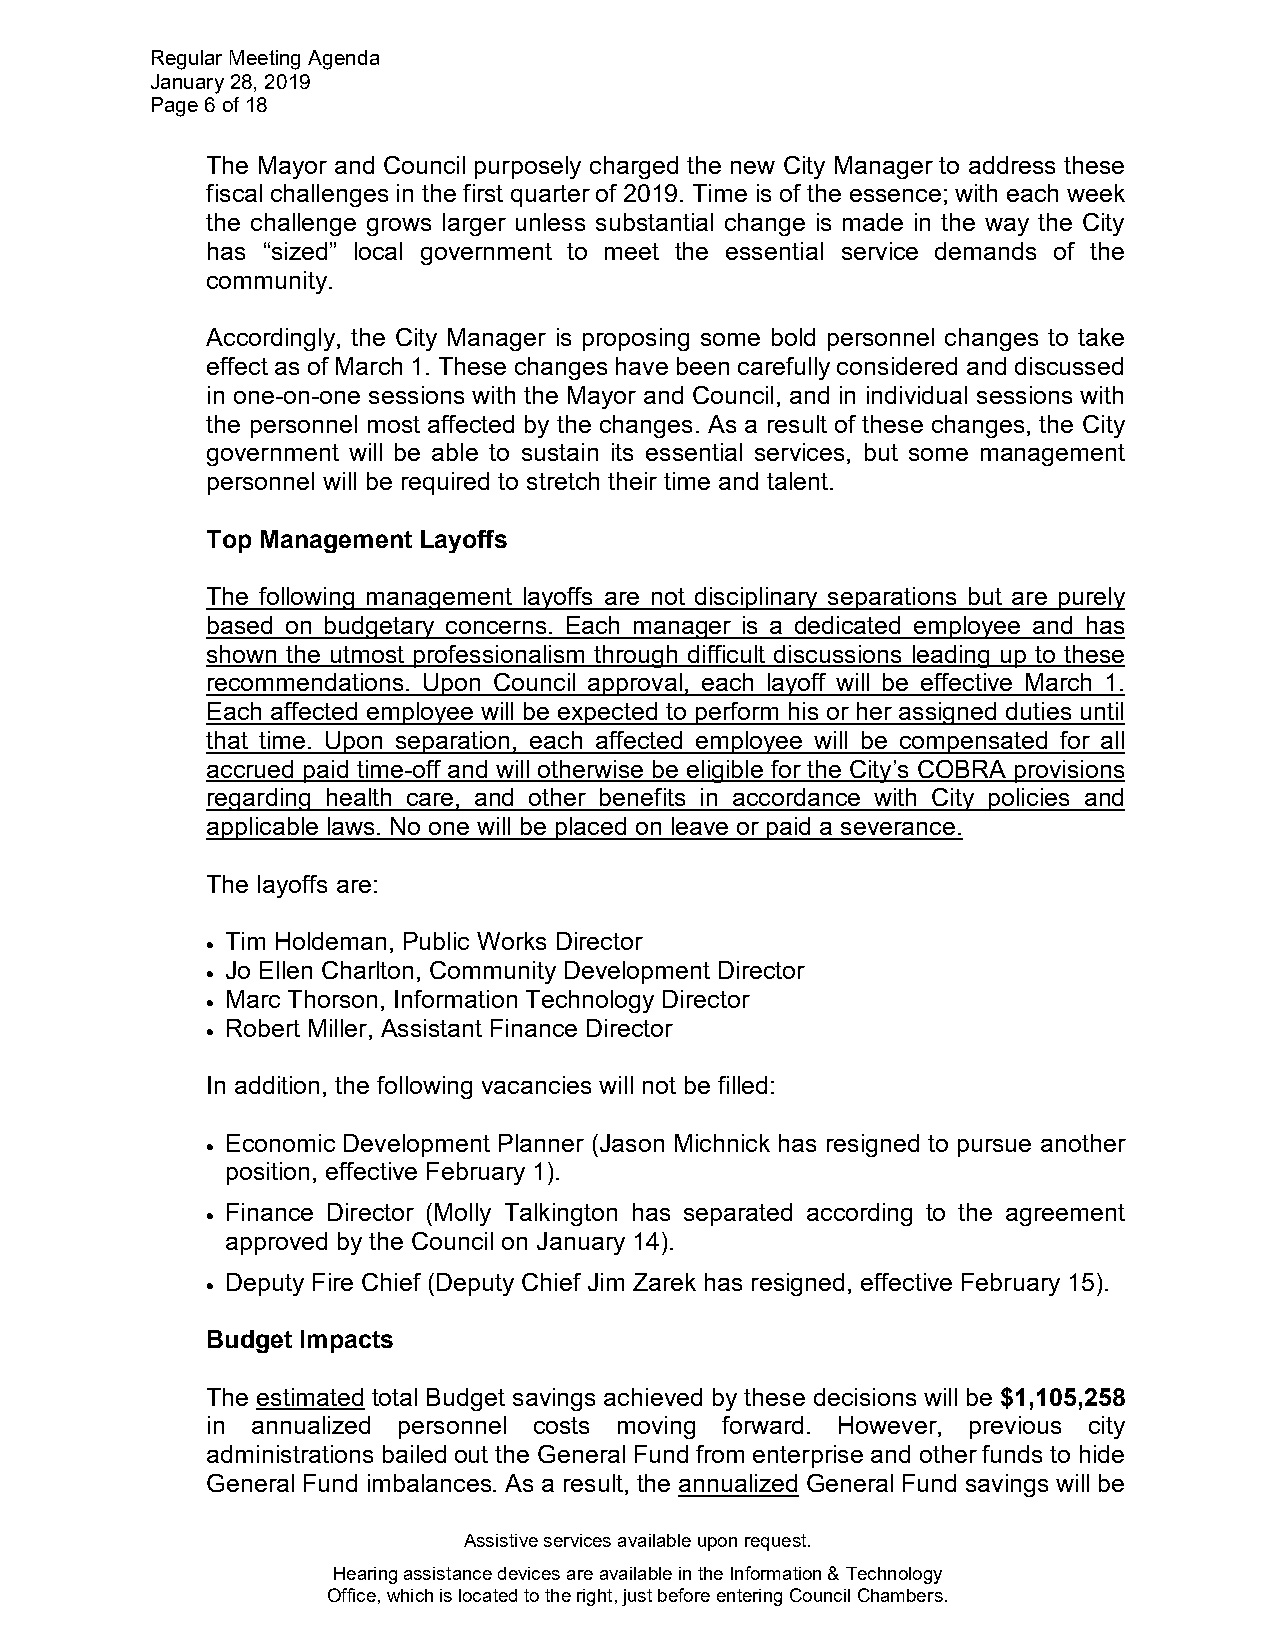
Regular Meeting Agenda
 January 28, 2019
 Page 6 of 18
 The Mayor and Council purposely charged the new City Manager to address these
 fiscal challenges in the first quarter of 2019. Time is of the essence; with each week
 the challenge grows larger unless substantial change is made in the way the City
 has “sized” local government to meet the essential service demands of the
 community.
 Accordingly, the City Manager is proposing some bold personnel changes to take
 effect as of March 1. These changes have been carefully considered and discussed
 in one-on-one sessions with the Mayor and Council, and in individual sessions with
 the personnel most affected by the changes. As a result of these changes, the City
 government will be able to sustain its essential services, but some management
 personnel will be required to stretch their time and talent.
 Top Management Layoffs
 The following management layoffs are not disciplinary separations but are purely
 based on budgetary concerns. Each manager is a dedicated employee and has
 shown the utmost professionalism through difficult discussions leading up to these
 recommendations. Upon Council approval, each layoff will be effective March 1.
 Each affected employee will be expected to perform his or her assigned duties until
 that time. Upon separation, each affected employee will be compensated for all
 accrued paid time-off and will otherwise be eligible for the City’s COBRA provisions
 regarding health care, and other benefits in accordance with City policies and
 applicable laws. No one will be placed on leave or paid a severance.
 The layoffs are:
 • Tim Holdeman, Public Works Director
 • Jo Ellen Charlton, Community Development Director
 • Marc Thorson, Information Technology Director
 • Robert Miller, Assistant Finance Director
 In addition, the following vacancies will not be filled:
 • Economic Development Planner (Jason Michnick has resigned to pursue another
 position, effective February 1).
 • Finance Director (Molly Talkington has separated according to the agreement
 approved by the Council on January 14).
 • Deputy Fire Chief (Deputy Chief Jim Zarek has resigned, effective February 15).
 Budget Impacts
 The estimated total Budget savings achieved by these decisions will be $1,105,258
 in annualized personnel costs moving forward. However, previous city
 administrations bailed out the General Fund from enterprise and other funds to hide
 General Fund imbalances. As a result, the annualized General Fund savings will be
 Assistive services available upon request.
 Hearing assistance devices are available in the Information & Technology
 Office, which is located to the right, just before entering Council Chambers.